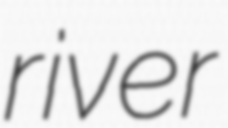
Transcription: river